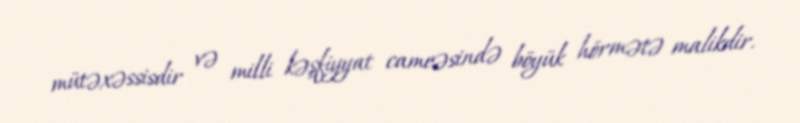
mütəxəssisdir və milli kəşfiyyat cameəsində böyük hörmətə malikdir.